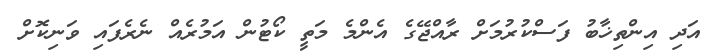
އަދި އިންތިޚާބު ފަސްކުރުމަށް ރާއްޖޭގެ އެންމެ މަތީ ކޯޓުން އަމުރެއް ނެރެފައި ވަނިކޮށް